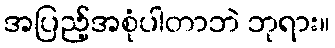
အပြည့်အစုံပါတာဘဲ ဘုရား။